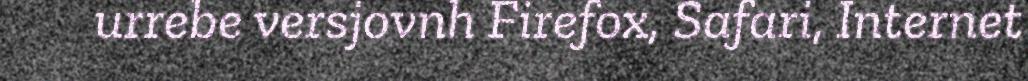
urrebe versjovnh Firefox, Safari, Internet